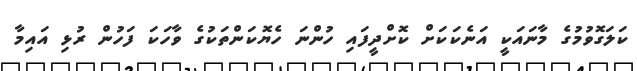
ކަލަގޮވުމުގެ މާނައަކީ އަނެކަކަށް ކޮށްދީފައި ހުންނަ ހެޔޮކަންތަކުގެ ވާހަކަ ފަހުން ރުޅި އައިމާ